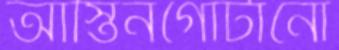
আস্তিনগোটানো